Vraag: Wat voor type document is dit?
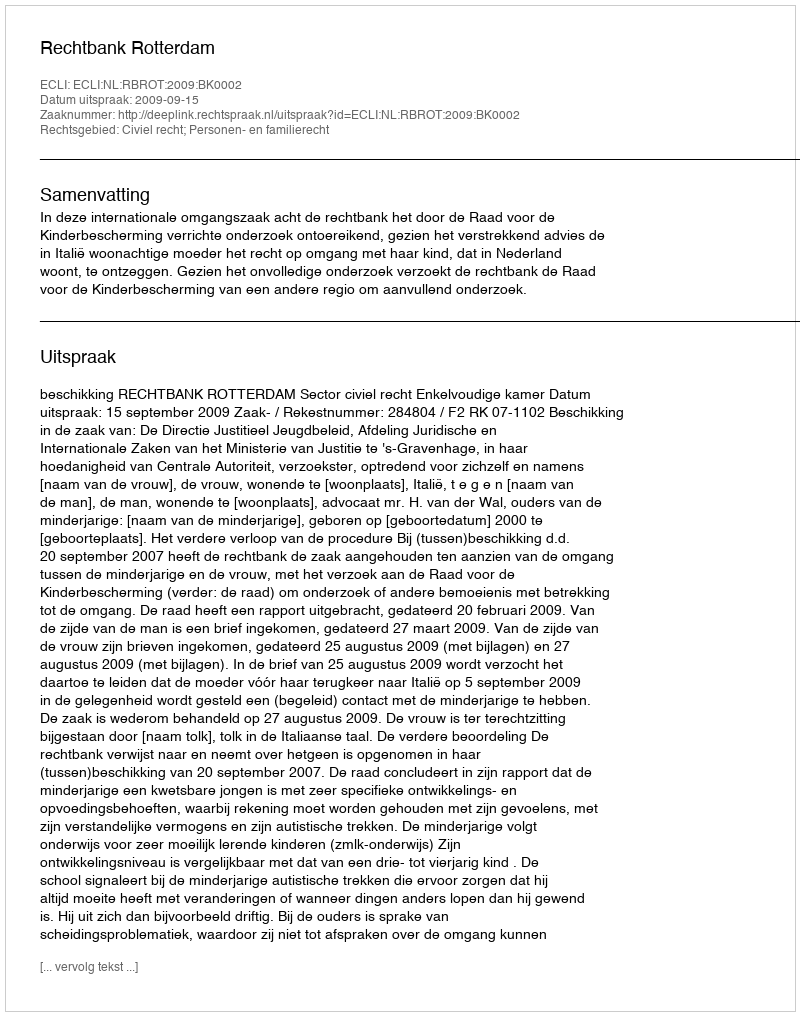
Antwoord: Uitspraak